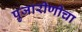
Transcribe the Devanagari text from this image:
पुजारीणीचा